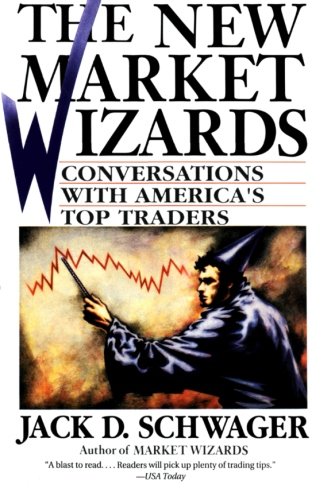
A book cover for The New Market Wizards: Conversations with America's Top Traders; Jack D. Schwager; Business & Money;